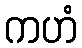
ကဟံ